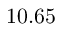
1 0 . 6 5